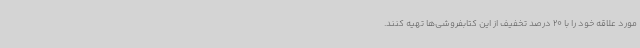
مورد علاقه خود را با 20 درصد تخفیف از این کتابفروشی‌ها تهیه کنند.